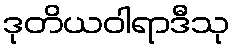
ဒုတိယဝါရာဒီသု